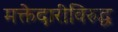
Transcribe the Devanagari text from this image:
मक्तेदारीविरुद्ध